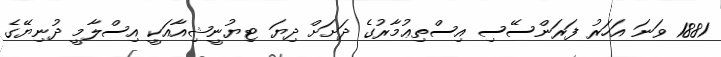
1881 ވަނަ އަހަރު ފަރަންސޭސި އިސްތިޢުމާރުގެ ދަށަށް ދިޔަ ޓިޔުނީޝިއާއަކީ އިސްލާމީ ދުނިޔޭގެ